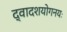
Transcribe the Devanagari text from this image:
द्वादशयोगनयः